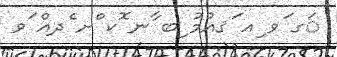
ަގ ަވ ިއ ަޤއުމު ިބ ާނ ޮކ ްށ ެދއް ަވ